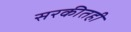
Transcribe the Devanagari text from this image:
सरकीतही